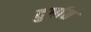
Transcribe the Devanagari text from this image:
दुर्गात